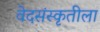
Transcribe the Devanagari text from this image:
वेदसंस्कृतीला